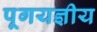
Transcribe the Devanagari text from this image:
पूगयज्ञीय